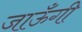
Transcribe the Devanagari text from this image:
जाऊँगी